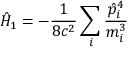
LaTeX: { \hat { H } } _ { 1 } = - { \frac { 1 } { 8 c ^ { 2 } } } \sum _ { i } { \frac { { \hat { p } } _ { i } ^ { 4 } } { m _ { i } ^ { 3 } } }